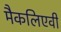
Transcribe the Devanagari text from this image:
मैकलिएवी